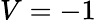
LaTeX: V=-1